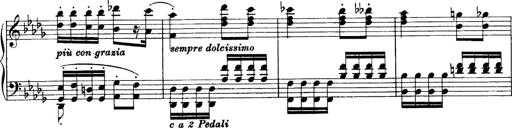
Title: Sonatina No.6
Composer: Ferruccio Busoni